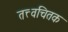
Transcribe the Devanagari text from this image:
तत्त्वचितक